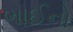
ભાઈનો